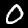
Digit: 0